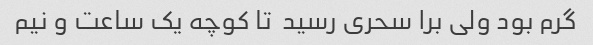
گرم بود ولی برا سحری رسید  تا کوچه یک ساعت و نیم